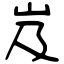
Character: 岌